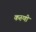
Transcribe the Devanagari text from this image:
करुणी